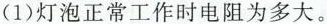
(1)灯泡正常工作时电阻为多大。